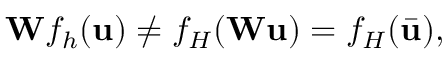
\mathbf { W } f _ { h } ( \mathbf { u } ) \neq f _ { H } ( \mathbf { W } \mathbf { u } ) = f _ { H } ( \bar { \mathbf { u } } ) ,